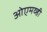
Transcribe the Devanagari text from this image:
ओएमव्ही